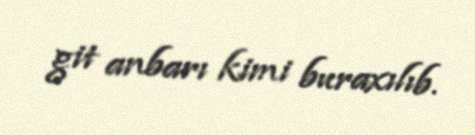
git anbarı kimi buraxılıb.